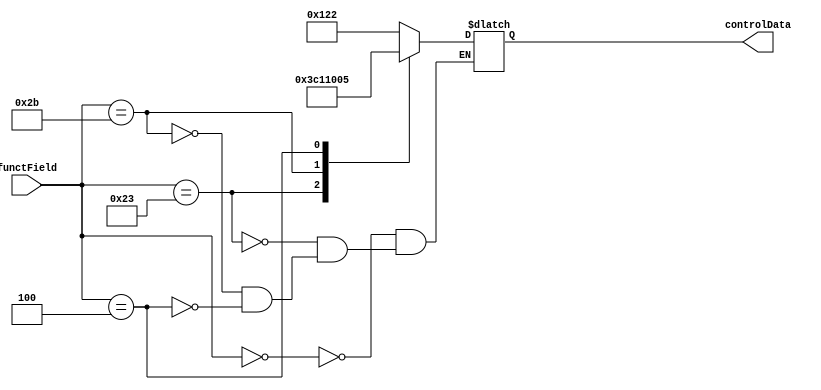
//-----------------------------------------------------
// Design Name : Mips_Processor
// Function : This file handles the main Control of the Processor
// Coder    : Waleed Chaudhry
//--------------

module mainControl(functField, controlData);
	input wire [5:0] functField;
	output reg [8:0] controlData;

	always @ (*) begin
		case(functField) 
		    6'b000000: controlData = 9'b100_100_010; //R-Type
		    6'b100011: controlData = 9'b011_110_000; //lw
		    6'b101011: controlData = 9'b010_001_000; //sw
		    
		    6'b000100: controlData = 9'b000_000_101; ///branch 6'b000100

	 	endcase 
	end
endmodule